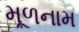
મૂળનામ